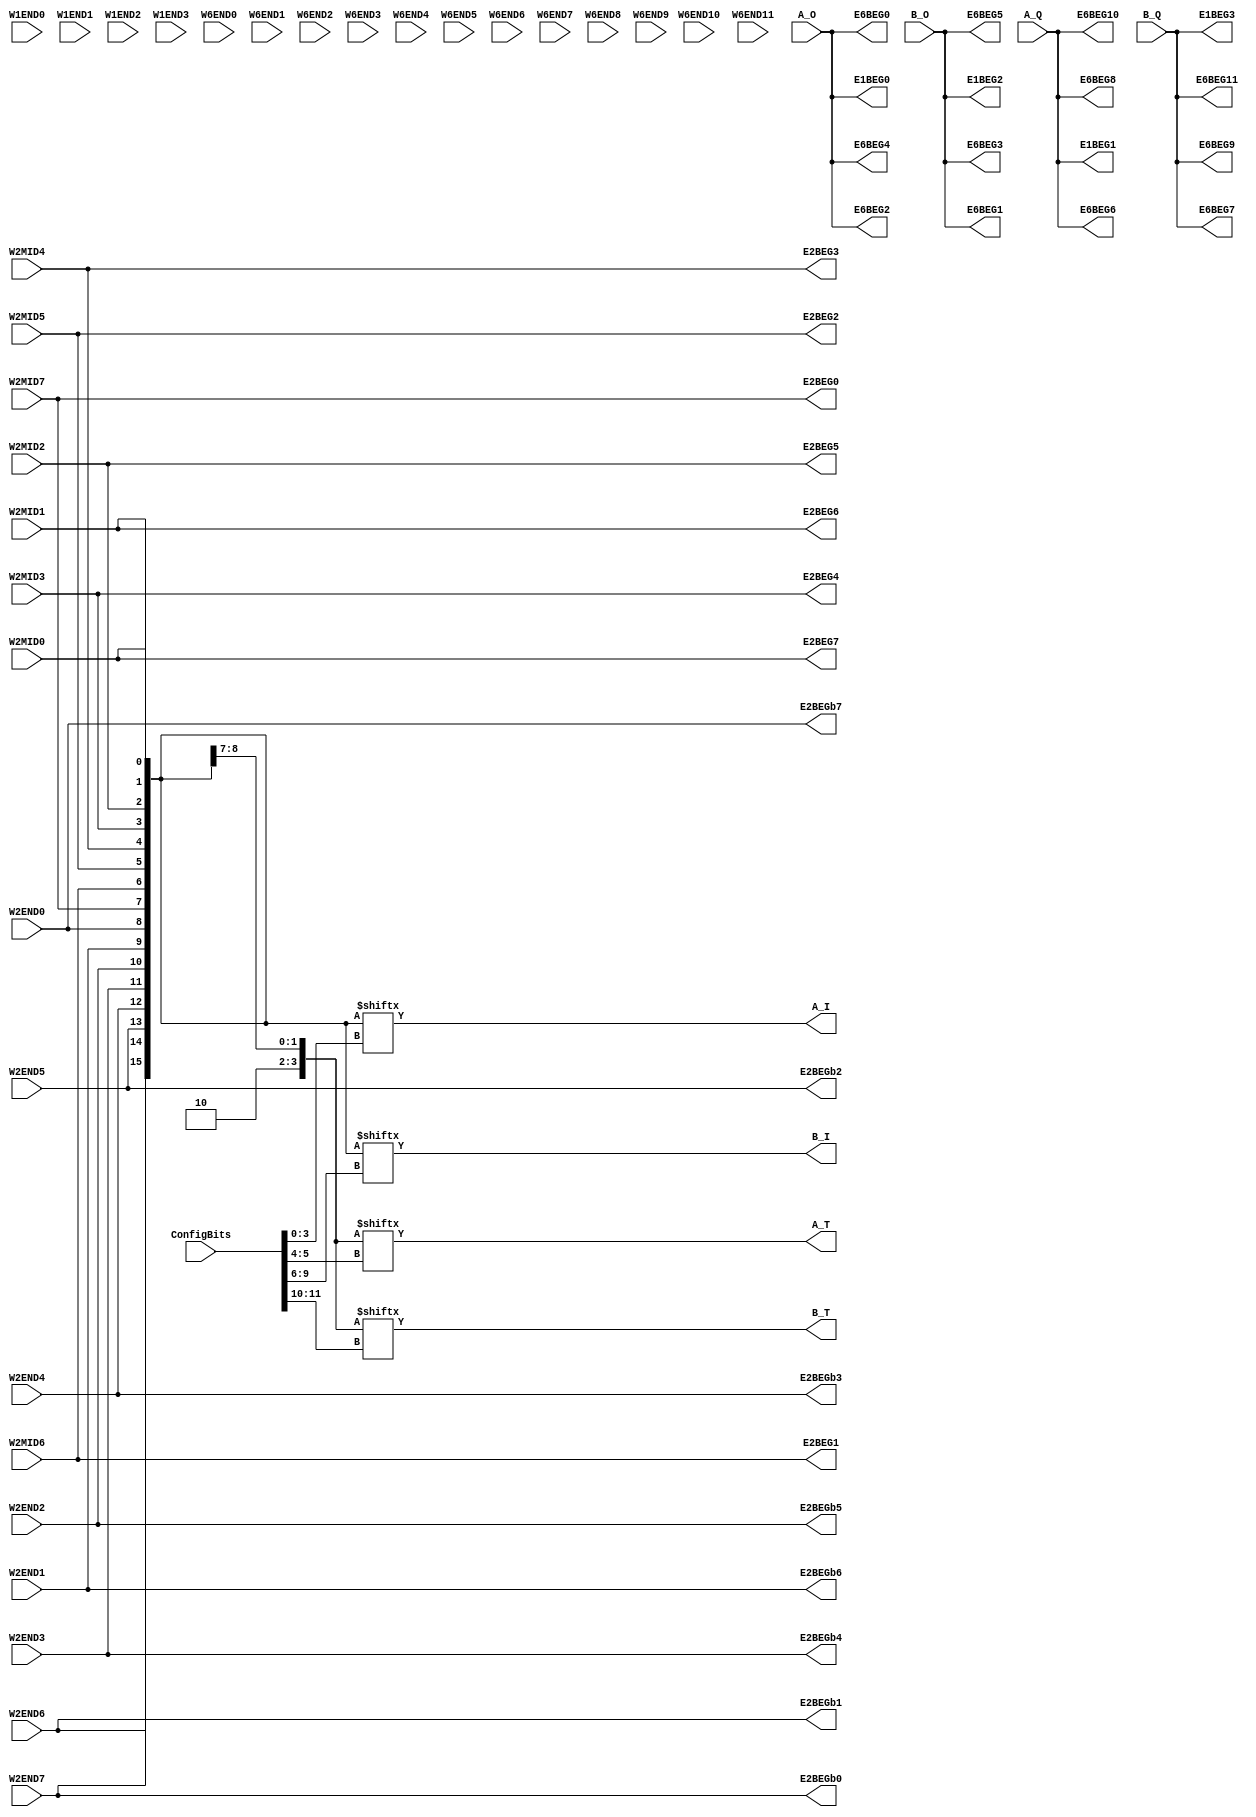
//NumberOfConfigBits:12
module W_IO_switch_matrix (W1END0, W1END1, W1END2, W1END3, W2MID0, W2MID1, W2MID2, W2MID3, W2MID4, W2MID5, W2MID6, W2MID7, W2END0, W2END1, W2END2, W2END3, W2END4, W2END5, W2END6, W2END7, W6END0, W6END1, W6END2, W6END3, W6END4, W6END5, W6END6, W6END7, W6END8, W6END9, W6END10, W6END11, A_O, A_Q, B_O, B_Q, E1BEG0, E1BEG1, E1BEG2, E1BEG3, E2BEG0, E2BEG1, E2BEG2, E2BEG3, E2BEG4, E2BEG5, E2BEG6, E2BEG7, E2BEGb0, E2BEGb1, E2BEGb2, E2BEGb3, E2BEGb4, E2BEGb5, E2BEGb6, E2BEGb7, E6BEG0, E6BEG1, E6BEG2, E6BEG3, E6BEG4, E6BEG5, E6BEG6, E6BEG7, E6BEG8, E6BEG9, E6BEG10, E6BEG11, A_I, A_T, B_I, B_T, ConfigBits);
	parameter NoConfigBits = 12;
	 // switch matrix inputs
	input W1END0;
	input W1END1;
	input W1END2;
	input W1END3;
	input W2MID0;
	input W2MID1;
	input W2MID2;
	input W2MID3;
	input W2MID4;
	input W2MID5;
	input W2MID6;
	input W2MID7;
	input W2END0;
	input W2END1;
	input W2END2;
	input W2END3;
	input W2END4;
	input W2END5;
	input W2END6;
	input W2END7;
	input W6END0;
	input W6END1;
	input W6END2;
	input W6END3;
	input W6END4;
	input W6END5;
	input W6END6;
	input W6END7;
	input W6END8;
	input W6END9;
	input W6END10;
	input W6END11;
	input A_O;
	input A_Q;
	input B_O;
	input B_Q;
	output E1BEG0;
	output E1BEG1;
	output E1BEG2;
	output E1BEG3;
	output E2BEG0;
	output E2BEG1;
	output E2BEG2;
	output E2BEG3;
	output E2BEG4;
	output E2BEG5;
	output E2BEG6;
	output E2BEG7;
	output E2BEGb0;
	output E2BEGb1;
	output E2BEGb2;
	output E2BEGb3;
	output E2BEGb4;
	output E2BEGb5;
	output E2BEGb6;
	output E2BEGb7;
	output E6BEG0;
	output E6BEG1;
	output E6BEG2;
	output E6BEG3;
	output E6BEG4;
	output E6BEG5;
	output E6BEG6;
	output E6BEG7;
	output E6BEG8;
	output E6BEG9;
	output E6BEG10;
	output E6BEG11;
	output A_I;
	output A_T;
	output B_I;
	output B_T;
	//global
	input [NoConfigBits-1:0] ConfigBits;

	parameter GND0 = 1'b0;
	parameter GND = 1'b0;
	parameter VCC0 = 1'b1;
	parameter VCC = 1'b1;
	parameter VDD0 = 1'b1;
	parameter VDD = 1'b1;
	
	wire [1 -1:0]E1BEG0_input;
	wire [1 -1:0]E1BEG1_input;
	wire [1 -1:0]E1BEG2_input;
	wire [1 -1:0]E1BEG3_input;
	wire [1 -1:0]E2BEG0_input;
	wire [1 -1:0]E2BEG1_input;
	wire [1 -1:0]E2BEG2_input;
	wire [1 -1:0]E2BEG3_input;
	wire [1 -1:0]E2BEG4_input;
	wire [1 -1:0]E2BEG5_input;
	wire [1 -1:0]E2BEG6_input;
	wire [1 -1:0]E2BEG7_input;
	wire [1 -1:0]E2BEGb0_input;
	wire [1 -1:0]E2BEGb1_input;
	wire [1 -1:0]E2BEGb2_input;
	wire [1 -1:0]E2BEGb3_input;
	wire [1 -1:0]E2BEGb4_input;
	wire [1 -1:0]E2BEGb5_input;
	wire [1 -1:0]E2BEGb6_input;
	wire [1 -1:0]E2BEGb7_input;
	wire [1 -1:0]E6BEG0_input;
	wire [1 -1:0]E6BEG1_input;
	wire [1 -1:0]E6BEG2_input;
	wire [1 -1:0]E6BEG3_input;
	wire [1 -1:0]E6BEG4_input;
	wire [1 -1:0]E6BEG5_input;
	wire [1 -1:0]E6BEG6_input;
	wire [1 -1:0]E6BEG7_input;
	wire [1 -1:0]E6BEG8_input;
	wire [1 -1:0]E6BEG9_input;
	wire [1 -1:0]E6BEG10_input;
	wire [1 -1:0]E6BEG11_input;
	wire [16 -1:0]A_I_input;
	wire [4 -1:0]A_T_input;
	wire [16 -1:0]B_I_input;
	wire [4 -1:0]B_T_input;

	wire [4-1:0] DEBUG_select_A_I;
	wire [2-1:0] DEBUG_select_A_T;
	wire [4-1:0] DEBUG_select_B_I;
	wire [2-1:0] DEBUG_select_B_T;

// The configuration bits (if any) are just a long shift register

// This shift register is padded to an even number of flops/latches
// switch matrix multiplexer  E1BEG0 		MUX-1
	assign E1BEG0 = A_O;
// switch matrix multiplexer  E1BEG1 		MUX-1
	assign E1BEG1 = A_Q;
// switch matrix multiplexer  E1BEG2 		MUX-1
	assign E1BEG2 = B_O;
// switch matrix multiplexer  E1BEG3 		MUX-1
	assign E1BEG3 = B_Q;
// switch matrix multiplexer  E2BEG0 		MUX-1
	assign E2BEG0 = W2MID7;
// switch matrix multiplexer  E2BEG1 		MUX-1
	assign E2BEG1 = W2MID6;
// switch matrix multiplexer  E2BEG2 		MUX-1
	assign E2BEG2 = W2MID5;
// switch matrix multiplexer  E2BEG3 		MUX-1
	assign E2BEG3 = W2MID4;
// switch matrix multiplexer  E2BEG4 		MUX-1
	assign E2BEG4 = W2MID3;
// switch matrix multiplexer  E2BEG5 		MUX-1
	assign E2BEG5 = W2MID2;
// switch matrix multiplexer  E2BEG6 		MUX-1
	assign E2BEG6 = W2MID1;
// switch matrix multiplexer  E2BEG7 		MUX-1
	assign E2BEG7 = W2MID0;
// switch matrix multiplexer  E2BEGb0 		MUX-1
	assign E2BEGb0 = W2END7;
// switch matrix multiplexer  E2BEGb1 		MUX-1
	assign E2BEGb1 = W2END6;
// switch matrix multiplexer  E2BEGb2 		MUX-1
	assign E2BEGb2 = W2END5;
// switch matrix multiplexer  E2BEGb3 		MUX-1
	assign E2BEGb3 = W2END4;
// switch matrix multiplexer  E2BEGb4 		MUX-1
	assign E2BEGb4 = W2END3;
// switch matrix multiplexer  E2BEGb5 		MUX-1
	assign E2BEGb5 = W2END2;
// switch matrix multiplexer  E2BEGb6 		MUX-1
	assign E2BEGb6 = W2END1;
// switch matrix multiplexer  E2BEGb7 		MUX-1
	assign E2BEGb7 = W2END0;
// switch matrix multiplexer  E6BEG0 		MUX-1
	assign E6BEG0 = A_O;
// switch matrix multiplexer  E6BEG1 		MUX-1
	assign E6BEG1 = B_O;
// switch matrix multiplexer  E6BEG2 		MUX-1
	assign E6BEG2 = A_O;
// switch matrix multiplexer  E6BEG3 		MUX-1
	assign E6BEG3 = B_O;
// switch matrix multiplexer  E6BEG4 		MUX-1
	assign E6BEG4 = A_O;
// switch matrix multiplexer  E6BEG5 		MUX-1
	assign E6BEG5 = B_O;
// switch matrix multiplexer  E6BEG6 		MUX-1
	assign E6BEG6 = A_Q;
// switch matrix multiplexer  E6BEG7 		MUX-1
	assign E6BEG7 = B_Q;
// switch matrix multiplexer  E6BEG8 		MUX-1
	assign E6BEG8 = A_Q;
// switch matrix multiplexer  E6BEG9 		MUX-1
	assign E6BEG9 = B_Q;
// switch matrix multiplexer  E6BEG10 		MUX-1
	assign E6BEG10 = A_Q;
// switch matrix multiplexer  E6BEG11 		MUX-1
	assign E6BEG11 = B_Q;
// switch matrix multiplexer  A_I 		MUX-16
	assign A_I_input = {W2END7,W2END6,W2END5,W2END4,W2END3,W2END2,W2END1,W2END0,W2MID7,W2MID6,W2MID5,W2MID4,W2MID3,W2MID2,W2MID1,W2MID0};
	assign A_I = A_I_input[ConfigBits[3:0]];
 
// switch matrix multiplexer  A_T 		MUX-4
	assign A_T_input = {VCC0,GND0,W2END0,W2MID7};
	assign A_T = A_T_input[ConfigBits[5:4]];
 
// switch matrix multiplexer  B_I 		MUX-16
	assign B_I_input = {W2END7,W2END6,W2END5,W2END4,W2END3,W2END2,W2END1,W2END0,W2MID7,W2MID6,W2MID5,W2MID4,W2MID3,W2MID2,W2MID1,W2MID0};
	assign B_I = B_I_input[ConfigBits[9:6]];
 
// switch matrix multiplexer  B_T 		MUX-4
	assign B_T_input = {VCC0,GND0,W2END0,W2MID7};
	assign B_T = B_T_input[ConfigBits[11:10]];
 
	assign DEBUG_select_A_I = ConfigBits[3:0];
	assign DEBUG_select_A_T = ConfigBits[5:4];
	assign DEBUG_select_B_I = ConfigBits[9:6];
	assign DEBUG_select_B_T = ConfigBits[11:10];

endmodule